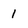
Character: 1